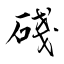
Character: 碊